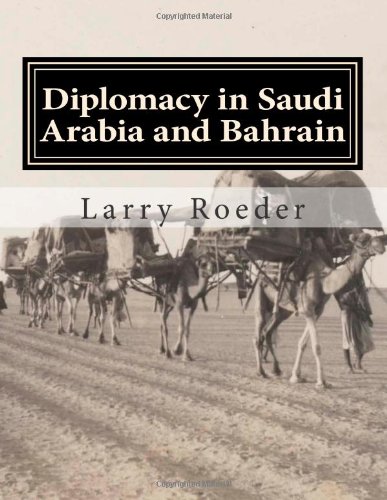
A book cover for Diplomacy in Saudi Arabia and Bahrain; Larry Roeder; History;